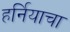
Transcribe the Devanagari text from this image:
हर्नियाचा